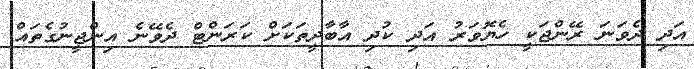
އަދި ދެވަނަ ރޭންޖަކީ ހެޔޮވަރު އަދި ކުދި އާބާދީތަަކަށް ކަރަންޓް ދެވޭނެ އިންޖީނުގެތައް